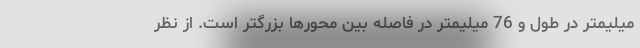
میلیمتر در طول و 76 میلیمتر در فاصله بین محورها بزرگتر است. از نظر